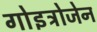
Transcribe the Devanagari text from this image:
गोइट्रोजेन